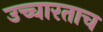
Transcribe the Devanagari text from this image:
उच्चारताच